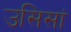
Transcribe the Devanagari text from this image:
उसिसां